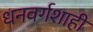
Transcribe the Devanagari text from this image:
धनवर्गशाही